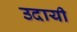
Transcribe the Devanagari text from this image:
उदायी